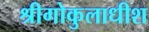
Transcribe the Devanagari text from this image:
श्रीगोकुलाधीश